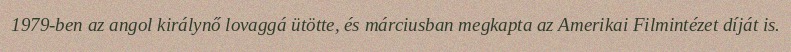
1979-ben az angol királynő lovaggá ütötte, és márciusban megkapta az Amerikai Filmintézet díját is.